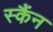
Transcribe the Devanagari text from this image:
स्कैंन